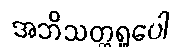
အဘိသတ္တရူပေါ